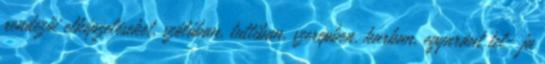
rendezői elképzeléseket, szólóban, tuttiban, szerepben, karban, egyaránt tel- ja